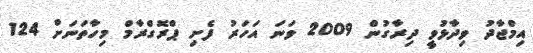
އިމްޖާދު ވިދާޅުވީ ދިރާގުން 2009 ވަނަ އަހަރު ފެށި ޕްރޮގްރާމް މިހާތަނަށް 124